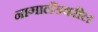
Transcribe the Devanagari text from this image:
नागालँडवरील